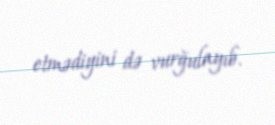
etmədiyini də vurğulayıb.